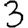
Digit: 3